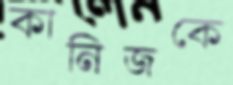
কানিজকে